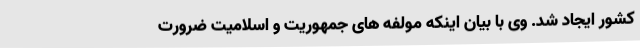
کشور ایجاد شد. وی با بیان اینکه مولفه های جمهوریت و اسلامیت ضرورت